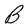
Character: B